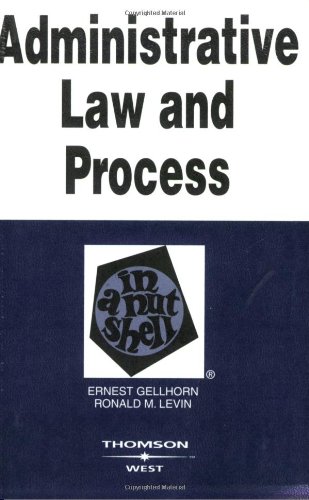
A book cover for Administrative Law and Process in a Nutshell, 5th; Ernest Gellhorn; Law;